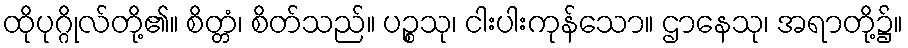
ထိုပုဂ္ဂိုလ်တို့၏။ စိတ္တံ၊ စိတ်သည်။ ပဉ္စသု၊ ငါးပါးကုန်သော။ ဌာနေသု၊ အရာတို့၌။